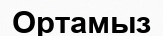
Ортамыз